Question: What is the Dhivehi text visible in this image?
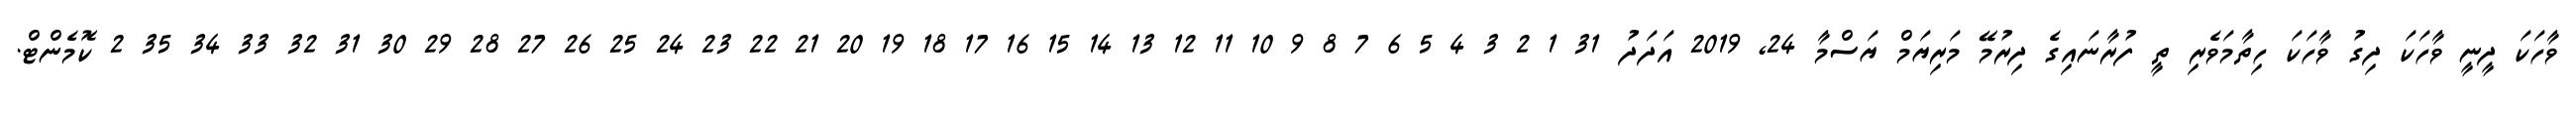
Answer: ވާހަކަ ދީނީ ވާހަކަ ދިގު ވާހަކަ ހިތާމަވެރި ތީ ފުރާނައިގެ ދިރުމޭ މަރިޔަމް ޔަސްމާ 24, 2019 އަދަދު 31 1 2 3 4 5 6 7 8 9 10 11 12 13 14 15 16 17 18 19 20 21 22 23 24 25 26 27 28 29 30 31 32 33 34 35 2 ކޮމެންޓް.